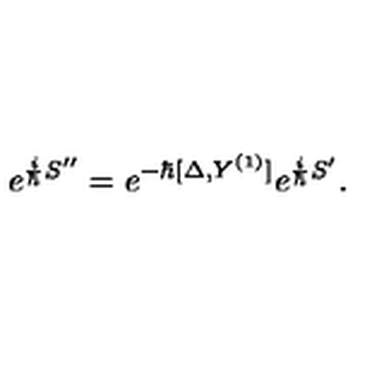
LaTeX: e ^ { { \frac { i } { \hbar } } S ^ { \prime \prime } } = e ^ { - \hbar [ \Delta , Y ^ { ( 1 ) } ] } e ^ { { \frac { i } { \hbar } } S ^ { \prime } } .